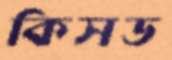
কিসড